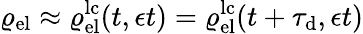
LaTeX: \varrho_{\mathrm{el}}\approx\varrho_{\mathrm{el}}^{\mathrm{lc}}(t,\epsilon t)=\varrho_{\mathrm{el}}^{\mathrm{lc}}(t+\tau_{\mathrm{d}},\epsilon t)